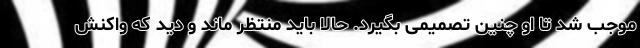
موجب شد تا او چنین تصمیمی بگیرد. حالا باید منتظر ماند و دید که واکنش